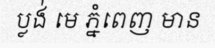
ប្លង់ មេ ភ្នំពេញ មាន